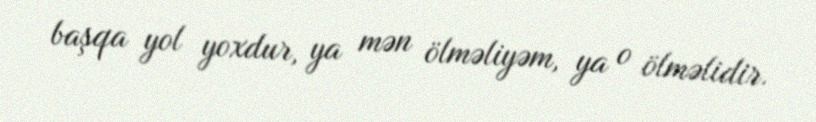
başqa yol yoxdur, ya mən ölməliyəm, ya o ölməlidir.